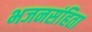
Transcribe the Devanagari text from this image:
भजनसंहिता